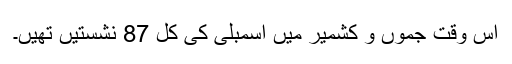
اس وقت جموں و کشمیر میں اسمبلی کی کل 87 نشستیں تھیں۔